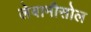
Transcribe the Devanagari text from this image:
लेवामीसोल